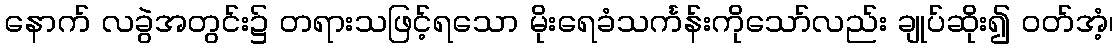
နောက် လခွဲအတွင်း၌ တရားသဖြင့်ရသော မိုးရေခံသင်္ကန်းကိုသော်လည်း ချုပ်ဆိုး၍ ဝတ်အံ့၊